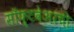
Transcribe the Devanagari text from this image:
सॉफ़्टवेअरची